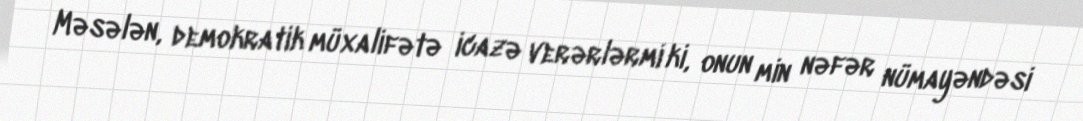
Məsələn, demokratik müxalifətə icazə verərlərmi ki, onun min nəfər nümayəndəsi